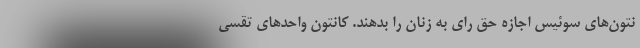
نتون‌های سوئیس اجازه حق رای به زنان را بدهند. کانتون واحدهای تقسی